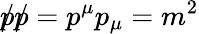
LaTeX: {p\! \! \! /}{p\! \! \! /}=p^{\mu}p_{\mu}=m^{2}